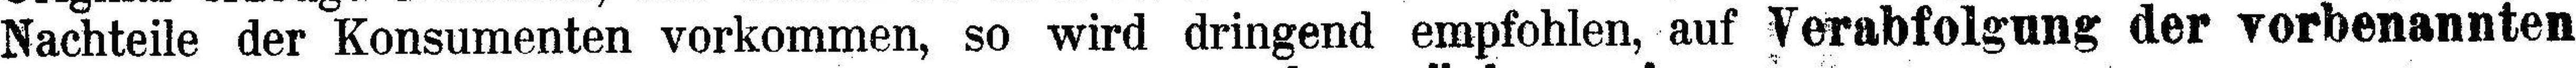
Nachteile der Konsumenten vorkommen, so wird dringend empfohlen, auf Verabfolgung der vorbenannten